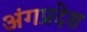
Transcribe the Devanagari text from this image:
अंगप्रदेश